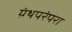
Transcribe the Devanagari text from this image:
ग्रंथपरंपरा